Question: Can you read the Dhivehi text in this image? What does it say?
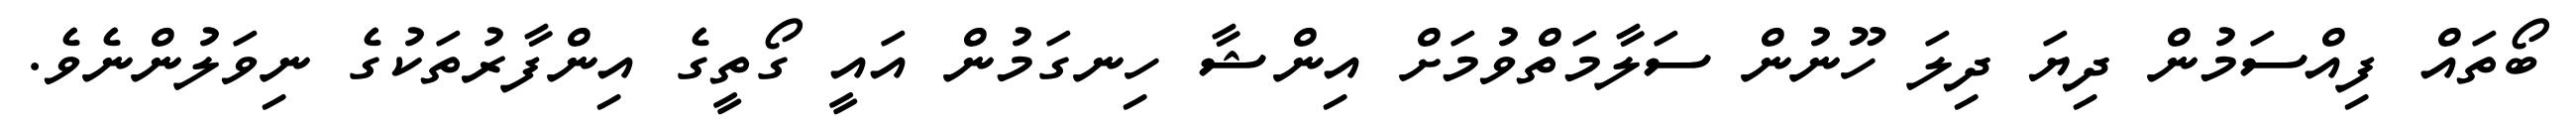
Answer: ބޯތައް ފިއްސަމުން ދިޔަ ދިލަ ހޫނުން ސަލާމަތްވުމަށް އިންޝާ ހިނގަމުން އައީ ގޯތީގެ އިންފާރުތަކުގެ ނިވަލުންނެވެ.